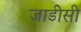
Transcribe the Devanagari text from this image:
जाडीसी